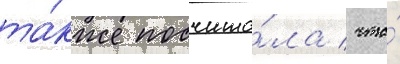
та́кже посчита́ла / что́